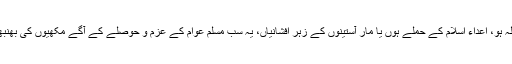
میرے نزدیک سپریم کورٹ کا فیصلہ ہو، اعداء اسلام کے حملے ہوں یا مار آستینوں کے زہر افشانیاں، یہ سب مسلم عوام کے عزم و حوصلے کے آگے مکھیوں کی بھنبھناہٹ سے زیادہ وقعت نہیں رکھتیں۔